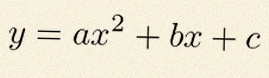
y=ax^2+bx+c